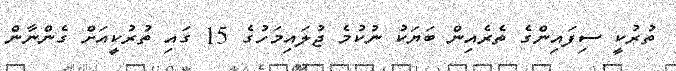
ތުރުކީ ސިފައިންގެ ތެރެއިން ބަޔަކު ނުކުމެ ޖުލައިމަހުގެ 15 ގައި ތުރުކީއަށް ގެންނާން